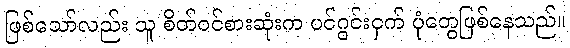
ဖြစ်သော်လည်း သူ စိတ်ဝင်စားဆုံးက ပင်ဂွင်းငှက် ပုံတွေဖြစ်နေသည်။